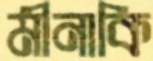
মীনাকি